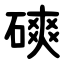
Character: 磢